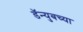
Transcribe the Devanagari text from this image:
डॅन्युबच्या